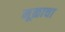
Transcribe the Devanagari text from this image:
मूळाचा